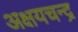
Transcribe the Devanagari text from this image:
अक्षयचन्द्र